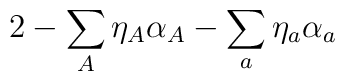
2 -  \sum_A\eta_A\alpha_A - \sum_a\eta_a\alpha_a